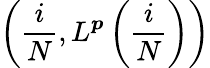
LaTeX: \left(\frac{i}{N},L^{\boldsymbol{p}}\left(\frac{i}{N}\right)\right)